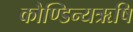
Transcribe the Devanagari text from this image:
कौण्डिन्यऋषि